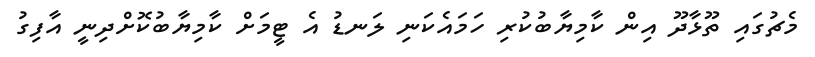
މެޗުގައި ތޫޅާދޫ އިން ކާމިޔާބުކުރި ހަމައެކަނި ލަނޑު އެ ޓީމަށް ކާމިޔާބުކޮށްދިނީ އާފިގު